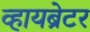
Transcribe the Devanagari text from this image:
व्हायब्रेटर